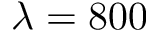
\lambda = 8 0 0